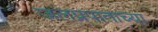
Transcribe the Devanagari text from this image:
जलप्रपाताच्या